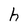
Character: h